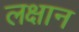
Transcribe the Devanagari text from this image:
लक्षान